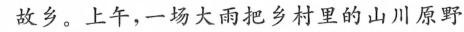
故乡。上午，一场大雨把乡村里的山川原野